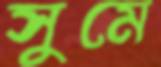
সুমে